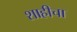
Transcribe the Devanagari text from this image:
शाहीचा